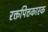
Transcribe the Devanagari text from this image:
रक्तपित्तकारक